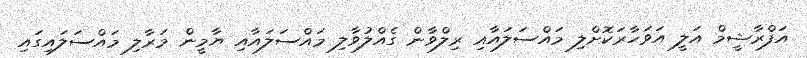
އަފްރާޝީމް އަލީ އަވަހާރަކޮށްލި މައްސަލައާއި ރިލްވާން ގެއްލުވާލި މައްސަލައާއި ޔާމީން މަރާލި މައްސަލައިގައި